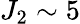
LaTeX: J_{2}\sim 5